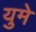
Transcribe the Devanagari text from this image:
युमे